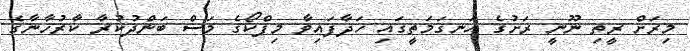
މިރަށް ރީތި ނޫނީ ރަށުގެ އަނގަމަތީގައި ހަދާފައިވާ މިފްކޯގެ މަސް ބަންދުކުރާ ކާރުހާނާގެ